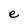
Character: e